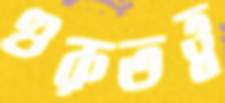
গুরুতত্ত্ব